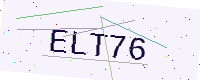
Text: ELT76